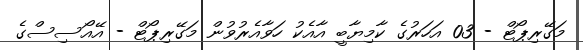
މަގޭރިޕޯޓް - 03 އަހަރުގެ ކާމިޔާބީ އާއެކު ހަވާއެރުވުން މަގޭރިޕޯޓް - އޭއޯސިސްގެ